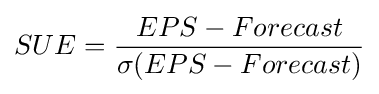
SUE={\frac {EPS-Forecast}{\sigma (EPS-Forecast)}}